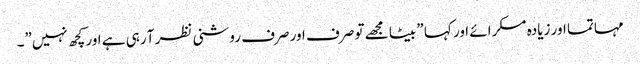
مہاتما اور زیادہ مسکرائے اور کہا ” بیٹا مجھے تو صرف اور صرف روشنی نظر آ رہی ہے اور کچھ نہیں”۔